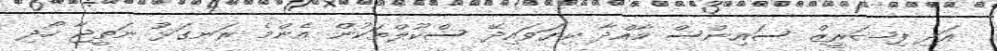
އަދި ފިޝަރީޒް ސައިންސް މާއްދާ ކިޔަވައިދޭ ސްކޫލްތަކުން އެންމެ ރަނގަޅު ނަތީޖާ ހޯދި